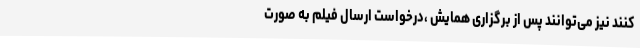
کنند نیز می‌توانند پس از برگزاری همایش ،درخواست ارسال فیلم به صورت